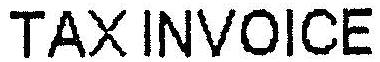
TAX INVOICE